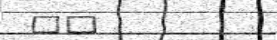
٨٥